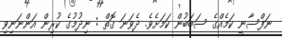
ނަފްސާނީ ކަމެއްގެ ސަބަބުން ކަމަށެވެ. ދެވަނަ ގޮތް : ނިދުމުގެ ކުރިން އަންނަނިވި